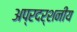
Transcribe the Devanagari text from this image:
अप्रदर्शनीय